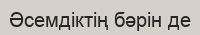
Әсемдіктің бәрін де